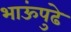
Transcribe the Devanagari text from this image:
भाऊंपुढे